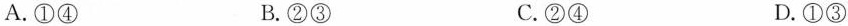
A.①④ B.②③ C.②④ D.①③